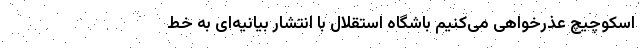
اسکوچیچ عذرخواهی می‌کنیم باشگاه استقلال با انتشار بیانیه‌ای به خط